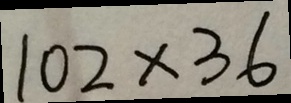
1 0 2 \times 3 6